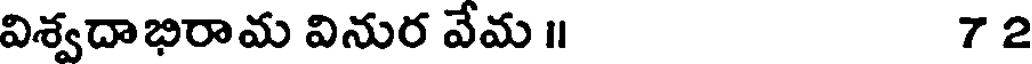
విశ్వదాభిరామ వినుర వేమ ॥ 72